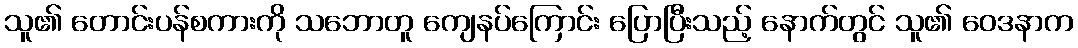
သူ၏ တောင်းပန်စကားကို သဘောတူ ကျေနပ်ကြောင်း ပြောပြီးသည့် နောက်တွင် သူ၏ ဝေဒနာက